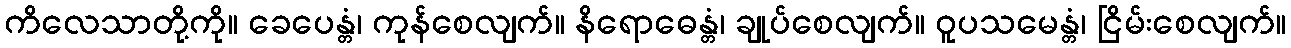
ကိလေသာတို့ကို။ ခေပေန္တံ၊ ကုန်စေလျက်။ နိရောဓေန္တံ၊ ချုပ်စေလျက်။ ဝူပသမေန္တံ၊ ငြိမ်းစေလျက်။